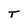
Character: T